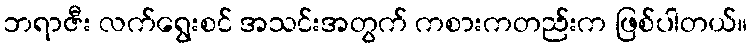
ဘရာဇီး လက်ရွေးစင် အသင်းအတွက် ကစားကတည်းက ဖြစ်ပါတယ်။